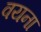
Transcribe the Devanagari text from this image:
वयना